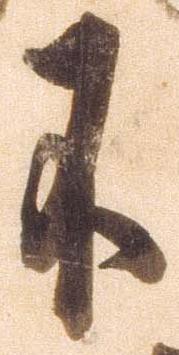
不